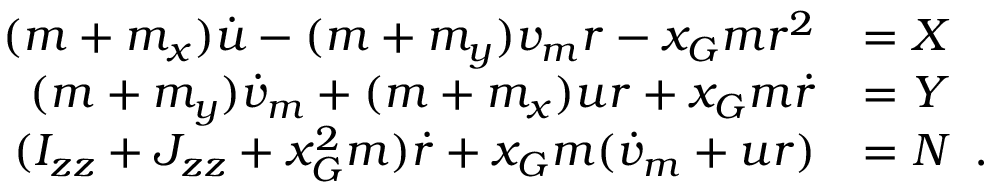
\begin{array} { r l } { ( m + m _ { x } ) \dot { u } - ( m + m _ { y } ) v _ { m } r - x _ { G } m r ^ { 2 } } & { = X } \\ { ( m + m _ { y } ) \dot { v } _ { m } + ( m + m _ { x } ) u r + x _ { G } m \dot { r } } & { = Y } \\ { ( I _ { z z } + J _ { z z } + x _ { G } ^ { 2 } m ) \dot { r } + x _ { G } m ( \dot { v } _ { m } + u r ) } & { = N \enspace . } \end{array}